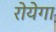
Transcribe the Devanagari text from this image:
रोयेगा